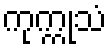
ကုက္ကုသံ